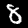
Digit: 8